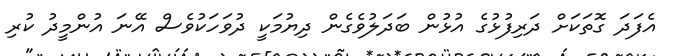
އެފަދަ ގޮތަކަށް ދަރިފުޅުގެ އުޅުން ބަދަލުވެގެން ދިޔުމަކީ ދުވަހަކުވެސް އޭނަ އުންމީދު ކުރި